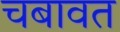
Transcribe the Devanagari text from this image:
चबावत